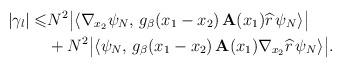
LaTeX: \begin{align*} |\gamma_l|\leqslant& N^2\big|\langle\nabla_{x_2}\psi_N,\,g_\beta(x_1-x_2)\,\mathbf{A}(x_1) \widehat{r}\,\psi_N \rangle\big|\\&+N^2\big|\langle\psi_N,\,g_\beta(x_1-x_2)\,\mathbf{A}(x_1)\nabla_{x_2} \widehat{r}\,\psi_N \rangle\big|.\end{align*}